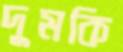
দুমকি